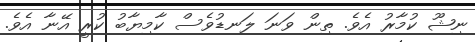
ނިޝޫ ކުމާރު އެވެ. ތިން ވަނަ ލަނޑުވެސް ކާމިޔާބު ކުރީ އޭނާ އެވެ.